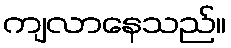
ကျလာနေသည်။